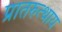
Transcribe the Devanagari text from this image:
प्रातरुत्थाय